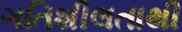
ગતિશીલતાથી